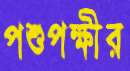
পশুপক্ষীর